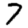
Digit: 7